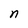
Character: n